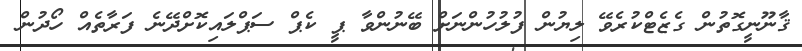
ޤާނޫނީގޮތުން ގެޒެޓްކުރެވޭ ލިޔުން ފުލުހުންނަށް ބޭނުންވާ ޕީ ކެޕް ސަޕްލައިކޮށްދޭނެ ފަރާތެއް ހޯދުން